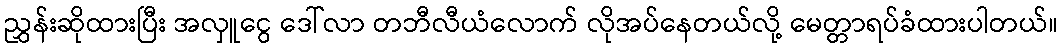
ညွှန်းဆိုထားပြီး အလှူငွေ ဒေါ်လာ တဘီလီယံလောက် လိုအပ်နေတယ်လို့ မေတ္တာရပ်ခံထားပါတယ်။